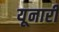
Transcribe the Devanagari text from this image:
यूनारी